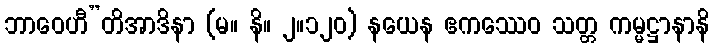
ဘာဝေဟီ”တိအာဒိနာ (မ။ နိ။ ၂။၁၂၀) နယေန ဧကဿေဝ သတ္တ ကမ္မဋ္ဌာနာနိ